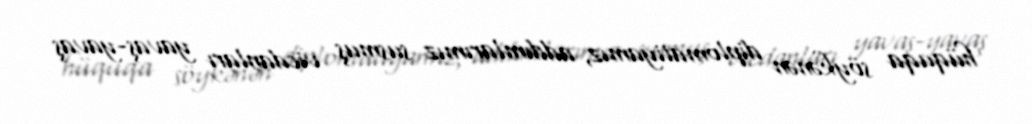
hüquqa söykənən diplomatiyamız, addımlarımız susmuş vicdanları yavaş-yavaş